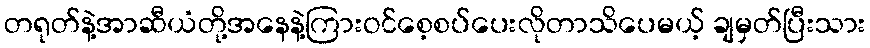
တရုတ်နဲ့အာဆီယံတို့အနေနဲ့ကြားဝင်စေ့စပ်ပေးလိုတာသိပေမယ့် ချမှတ်ပြီးသား